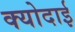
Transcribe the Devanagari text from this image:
क्योदाई